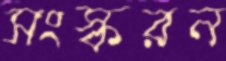
সংস্করন